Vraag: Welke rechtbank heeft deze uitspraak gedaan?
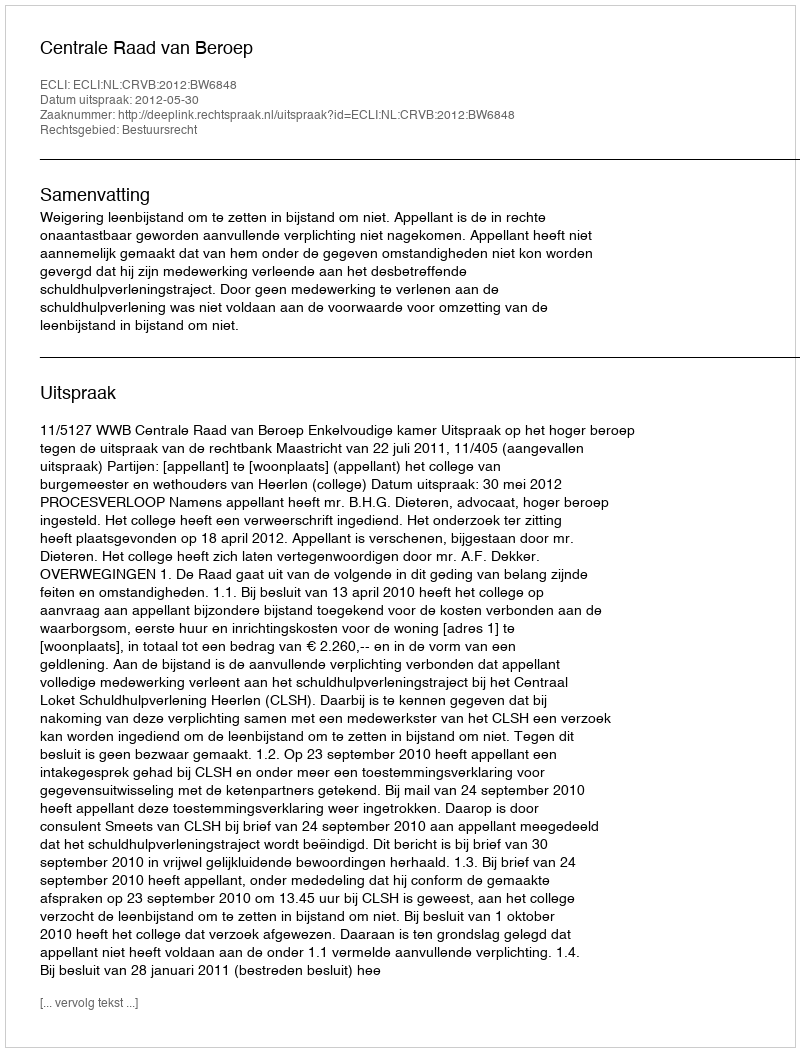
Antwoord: Centrale Raad van Beroep